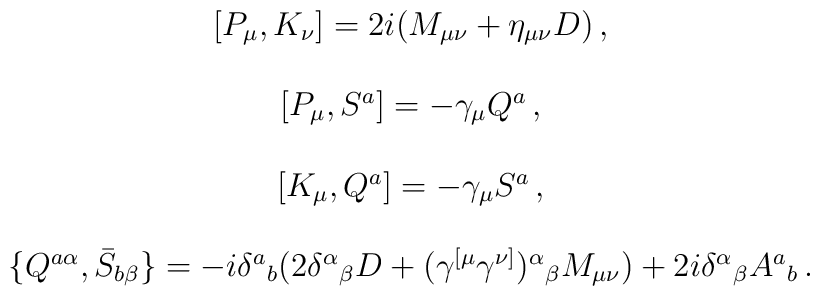
\begin{array}{c}{}[P_{\mu},K_{\nu}]=2i(M_{\mu\nu}+\eta_{\mu\nu}D)\,,\\{}\\{}[P_{\mu},S^{a}]=-\gamma_{\mu}Q^{a}\,,\\{}\\{}[K_{\mu},Q^{a}]=-\gamma_{\mu}S^{a}\,,\\{}\\{}\{Q^{a\alpha},\bar{S}_{b\beta}\}=-i\delta^{a}{}_{b}(2\delta^{\alpha}{}_{\beta}D+(\gamma^{[\mu}\gamma^{\nu]})^{\alpha}{}_{\beta}M_{\mu\nu})+2i\delta^{\alpha}{}_{\beta}A^{a}{}_{b}\,.\end{array}